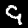
Label: 9